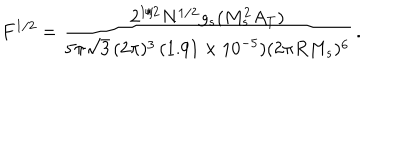
F ^ { 1 / 2 } = \frac { 2 ^ { 1 / 2 } N ^ { 1 / 2 } g _ { s } ( M _ { s } ^ { 2 } A _ { T } ) } { 5 \pi \sqrt { 3 } \, ( 2 \pi ) ^ { 3 } \, ( 1 . 9 1 \times 1 0 ^ { - 5 } ) ( 2 \pi R M _ { s } ) ^ { 6 } } \, .